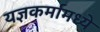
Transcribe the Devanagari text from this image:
यज्ञकर्मामध्ये